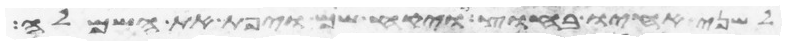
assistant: לשני אחיו בחוץ ויקח שם ויפת את השמלה